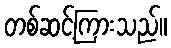
တစ်ဆင့်ကြားသည်။